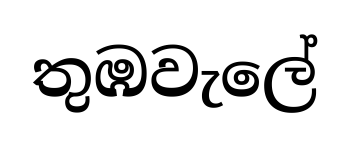
තුඹවැලේ